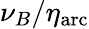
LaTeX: \nu_{B}/\eta_{\mathrm{arc}}